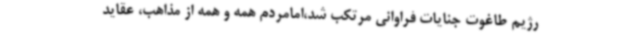
رژیم طاغوت جنایات فراوانی مرتکب شد،امامردم همه و همه از مذاهب، عقاید